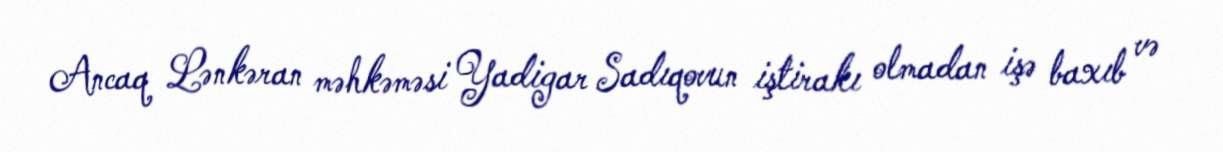
Ancaq Lənkəran məhkəməsi Yadigar Sadıqovun iştirakı olmadan işə baxıb və